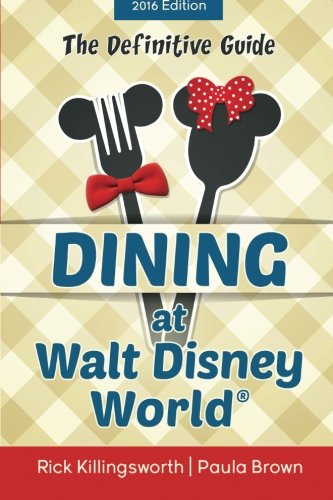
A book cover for Dining at Walt Disney World: The Definitive Guide; Richard Killingsworth; Travel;